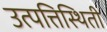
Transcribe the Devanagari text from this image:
उत्पत्तिस्थिती